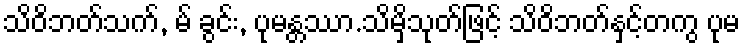
သိဝိဘတ်သက်, မ် ခွင်း, ပုမန္တဿာ.သိမှိသုတ်ဖြင့် သိဝိဘတ်နှင့်တကွ ပုမ